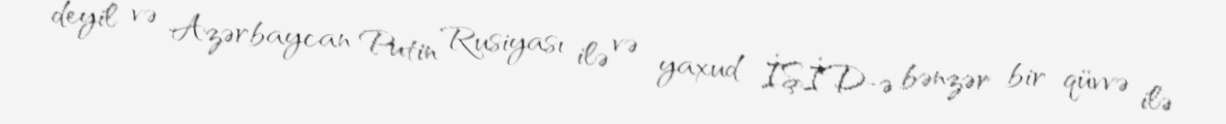
deyil və Azərbaycan Putin Rusiyası ilə və yaxud İŞİD-ə bənzər bir qüvvə ilə